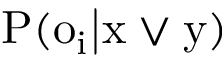
\mathrm { { P } ( o _ { i } \vert x \vee y ) }